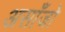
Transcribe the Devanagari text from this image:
असाँजो